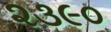
૨૩૯૦